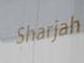
sharjah